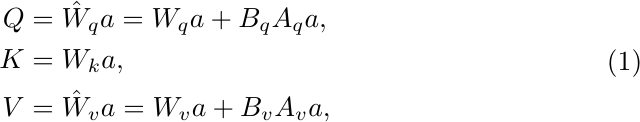
\begin{equation}
\begin{aligned}
Q &=\hat{W}_q a=W_q a+B_q A_q a, \\
K &=W_k a, \\
V &=\hat{W}_v a=W_v a+B_v A_v a, \\
\end{aligned}
\end{equation}